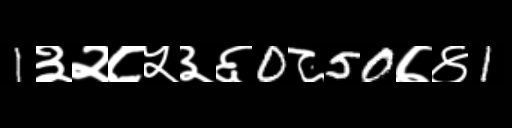
Text: 1३२८५३६0८50७४1